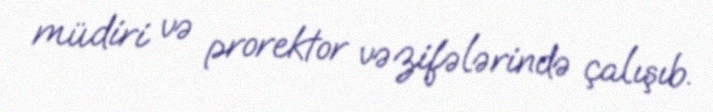
müdiri və prorektor vəzifələrində çalışıb.